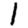
Digit: 1